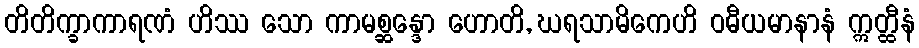
တိတိက္ခာကာရဏံ ဟိဿ သော ကာမစ္ဆန္ဒော ဟောတိ, ဃရသာမိကေဟိ ဝဓီယမာနာနံ ဣတ္ထီနံ